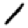
Digit: 1